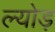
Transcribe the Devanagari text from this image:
ल्योड़